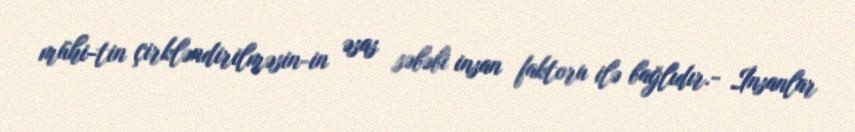
mühi­tin çirkləndirilməsin­in əsas səbəbi insan faktoru ilə bağlıdır.­ İnsanlar